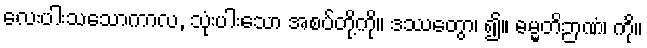
လေးပါးသသောကာလ, သုံးပါးသော အစပ်တို့ကို။ ဒဿေတွာ၊ ၍။ ဓမ္မတိဉာဏံ၊ ကို။